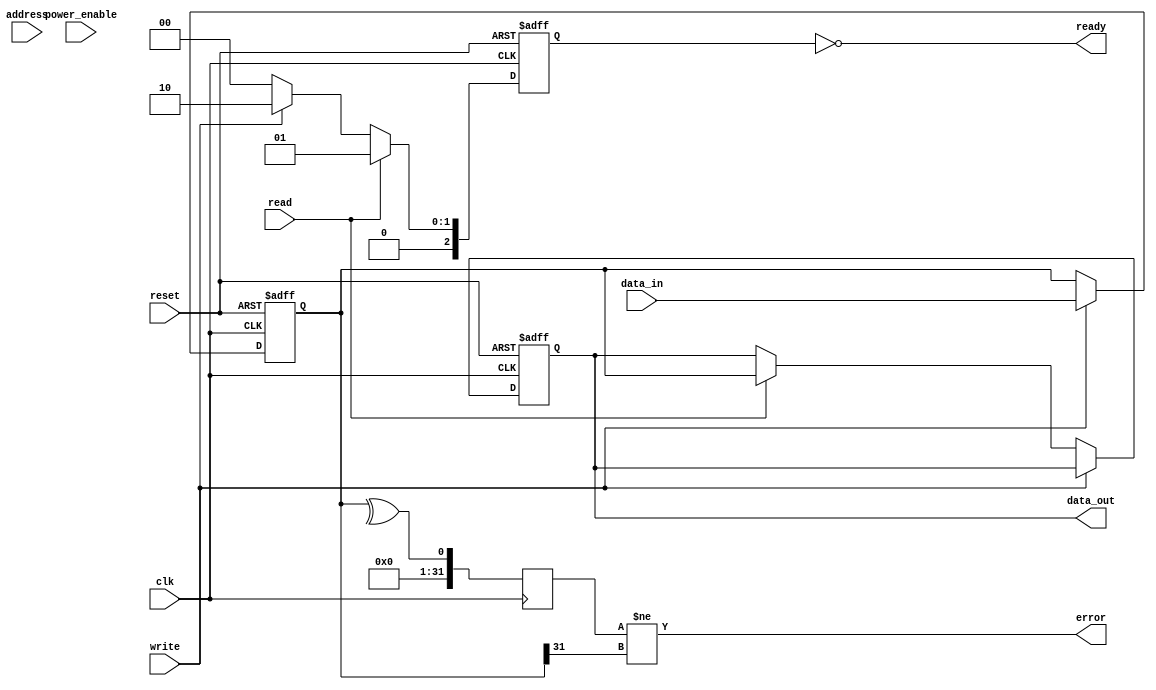
module IO_Block (
    input wire clk,                  // Clock input
    input wire reset,                // Reset signal
    input wire [31:0] data_in,      // Data input
    output wire [31:0] data_out,     // Data output
    input wire [15:0] address,       // External address
    input wire read,                 // Read command
    input wire write,                // Write command
    output wire ready,               // Ready signal
    output wire error,               // Error signal
    input wire power_enable           // Power management signal
);

// Data I/O Buffers
reg [31:0] data_buffer;
reg [31:0] data_out_reg;

always @(posedge clk or posedge reset) begin
    if (reset) begin
        data_buffer <= 32'b0;
        data_out_reg <= 32'b0;
    end else if (write) begin
        data_buffer <= data_in; // Write data to buffer
    end else if (read) begin
        data_out_reg <= data_buffer; // Read data from buffer
    end
end

assign data_out = data_out_reg;

// Control Signal Interfaces
reg [2:0] control_signal; // 3-bit control signal for READ, WRITE, REFRESH
assign ready = (control_signal == 3'b000); // Ready when control signal is idle

always @(posedge clk or posedge reset) begin
    if (reset) begin
        control_signal <= 3'b000; // Idle state
    end else begin
        if (read) begin
            control_signal <= 3'b001; // READ command
        end else if (write) begin
            control_signal <= 3'b010; // WRITE command
        end else begin
            control_signal <= 3'b000; // Idle
        end
    end
end

// Address Decoder
wire [3:0] bank_select;
wire [3:0] row_select;

assign bank_select = address[15:12]; // Example bank selection based on address
assign row_select = address[11:8];    // Example row selection based on address

// Power Management Circuits
reg power_state;

always @(posedge clk or posedge reset) begin
    if (reset) begin
        power_state <= 1'b0; // Power off
    end else begin
        power_state <= power_enable; // Control power state
    end
end

// Error Detection and Correction (EDAC)
reg [31:0] parity_bit;

always @(posedge clk) begin
    parity_bit <= ^data_buffer; // Simple parity for error checking
end

assign error = (parity_bit != data_buffer[31]); // Error signal if parity doesn't match

// Thermal Management (placeholder)
always @(posedge clk) begin
    // Placeholder for thermal management logic
end

endmodule